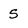
Character: 5